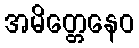
အမိတ္တေနေဝ